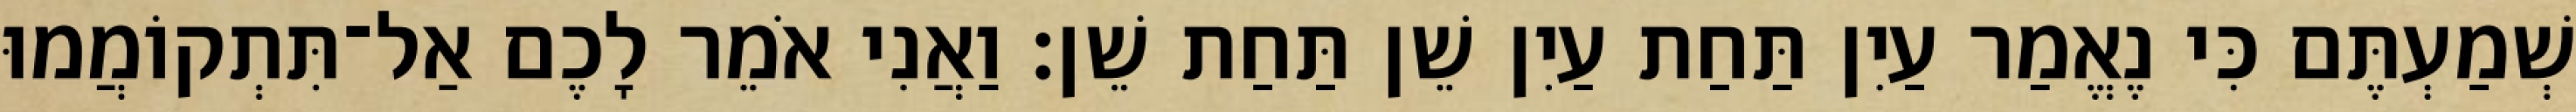
שְׁמַעְתֶּם כִּי נֶאֱמַר עַיִן תַּחַת עַיִן שֵׁן תַּחַת שֵׁן׃ וַאֲנִי אֹמֵר לָכֶם אַל־תִּתְקוֹמֲמוּ